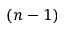
( n - 1 )